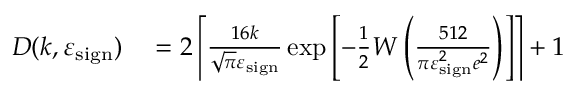
\begin{array} { r l } { D ( k , \varepsilon _ { \mathrm { s i g n } } ) } & { { } = 2 \left\lceil \frac { 1 6 k } { \sqrt { \pi } \varepsilon _ { \mathrm { s i g n } } } \exp \left[ - \frac { 1 } { 2 } W \left( \frac { 5 1 2 } { \pi \varepsilon _ { \mathrm { s i g n } } ^ { 2 } e ^ { 2 } } \right) \right] \right\rceil + 1 } \end{array}